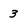
Character: 3